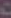
0